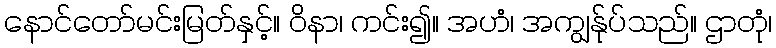
နောင်တော်မင်းမြတ်နှင့်။ ဝိနာ၊ ကင်း၍။ အဟံ၊ အကျွန်ုပ်သည်။ ဌာတုံ၊